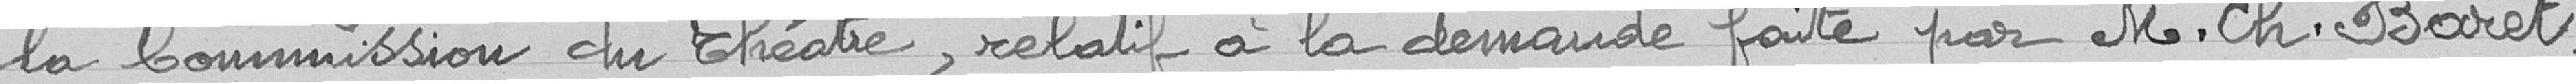
la Commission du théâtre, relatif à la demande faite par M. Ch. Baret,